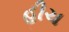
હીચ